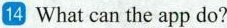
14 What can the app do?